Medical and sanitary report of the native army of Bengal for the year
Year: 1876
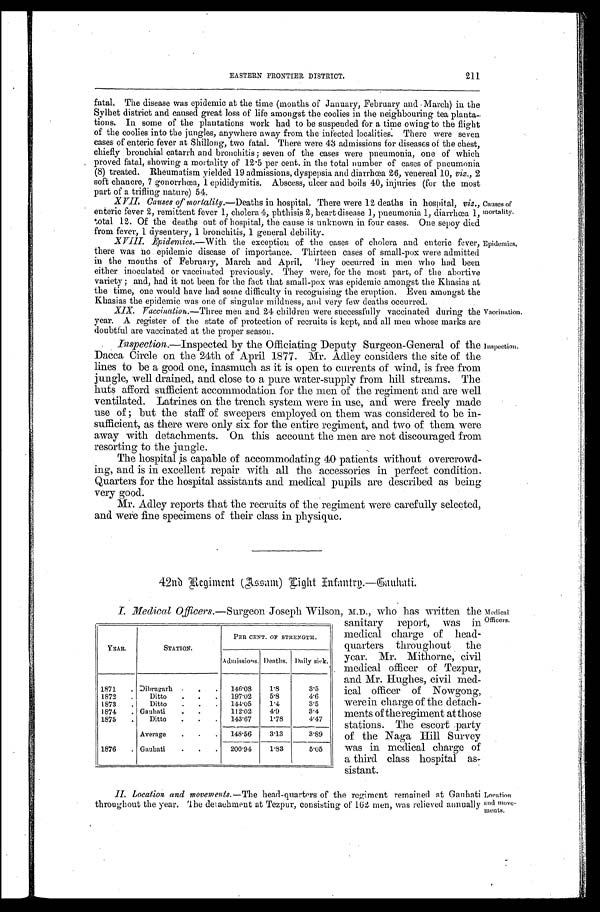
211
EASTERN FRONTIER DISTRICT.
f a t a l , T h e d i s e a s e w a s e p i d e m i c a t t h e t i m e ( m o n t h s o f J a n u a r y , F e b r u a r y a n d - M a r c h ) i n t h e
Sylhet district and caused great loss of life amongst the coolies in the neighbouring tea planta-
tions. In some of the plantations work had to be suspended for a time owing to the flight
of the coolies into the jungles, anywhere away from the infected localities. There were seven
cases of enteric fever at Shillong, two fatal. There were 43 admissions for diseases of the chest,
chiefly bronchial catarrh and bronchitis; seven of the cases were pneumonia, one of which
proved fatal, showing a mortality of 12.5 per cent in the total number of cases of pneumonia
(8) treated. Rheumatism yielded 19 admissions, dyspepsia and diarrhœa 26, venereal 10, viz., 2
soft chancre, 7 gonorrhœa, 1 epididymitis. Abscess, ulcer and boils 40, injuries (for the most
part of a trifling nature) 54.
XVI I . Caus es of mor t al i t y. — D e a t h s
i n h o s p i t a l . T h e r e w e r e 1 2 d e a t h s i n h o s p i t a l ,v
i z . . ,
enteric fever 2, remittent fever 1, cholera 4, phtliisis 2, heart disease 1, pneumonia 1, diarrhœa 1,
total 12. Of the deaths out of hospital, the cause is unknown in four cases. One sepoy died
from fever, 1 dysentery, 1 bronchitis, 1 general debility.
XVIII. Epidentic8.— With the exception of the cases of cholera and enteric fever,
there was no epidemic disease of importance. Thirteen cases of small-pox were admitted
in the months of February, March and April. They occurred in men who had been
either inoculated or vaccinated previously. They were, for the most part, of the abortive
variety; and, had it not been for the fact that small-pox was epidemic amongst the Khasias at
the time, one would have had some difficulty in recognising the eruption. Even amongst the
Khasias the epidemic was one of singular mildness, and very few deaths occurred.
•
XIX. Vaccination.— Three men and 24 children were successfully vaccinated during the
year. A register of the state of protection of recruits is kept, and all men whose marks are
doubtful are vaccinated at the proper season.
Inspection.—Inspected by the Officiating Deputy Surgeon-General of the
Dacca Circle on the 24th of April 1877. Mr. Adley considers the site of the
lines to be a good one, inasmuch as it is open to currents of wind, is free from
jungle, well drained, and close to a pure water-supply from hill streams. The
huts afford sufficient accommodation for the men of the regiment and are well
ventilated. Latrines on the trench system were in use, and were freely made
use of ; but the staff of sweepers employed on them was considered to be in-
sufficient, as there were only six for the entire regiment, and two of them were
away with detachments. On this account the men are not discouraged from
resorting to the jungle.
The hospital is capable of accommodating 40 patients without overcrowd-
ing, and is in excellent repair with all the accessories in perfect condition.
Quarters -for the hospital assistants and medical pupils are described as being
very good.
Mr. Adley reports that the recruits of the regiment were carefully selected,
and were fine specimens of their class in physique.
420 Regiment (Assam) Eight Entantrp.- Gauhati.
Epidernics,
Vaccination.
nspection.
I. Medical Officers.— Surgeon Joseph Wilson,
Y E A R .
STATION.
PER CENT OF STRENGTH.
Admissions. Deaths.
Daily sick.
1871
Dibrugarh
1 4 6 . 0 8
1 . 8
3 . 5
1872
Ditto
1 9 7 . 0 2
5 . 8
4 . 6
1873
Ditto
1 4 4 . 0 5
1 . 4
3 . 5
1874
Gauhati
1 1 2 . 0 2
4 . 9
3 . 4
1875
Ditto
1 4 3 . 6 7
1 . 7 8
4 . 4 7
Average
1 4 8 . 5 6
3 . 1 3
3 . 8 9
1876
Gauhati
2 0 0 . 9 4
1 . 8 3
5 . 0 5
M.D., who has written the
sanitary report, was in
medical charge of head-
quarters through out the
year. Mr. Mithorne, civil
medical officer of Tezpur,
and Mr. Hughes, civil med-
ical officer of Nowgong,
werein charge of the detach-
ments of the regiment at those
stations. The escort party
of the Naga Hill Survey
was in medical charge of
a third class hospital as-
sistant.
Medical Officers.
II. Location and movements.—The head-quarters of the regiment remained at Gauhati
throughout the year. The detauhment at Tezpur, consisting of 162 men, was relieved annually
Location and movements.